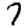
Digit: 7